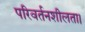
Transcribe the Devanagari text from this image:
परिवर्तनशीलता।